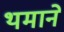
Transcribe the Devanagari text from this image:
थमाने